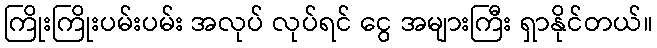
ကြိုးကြိုးပမ်းပမ်း အလုပ် လုပ်ရင် ငွေ အများကြီး ရှာနိုင်တယ်။